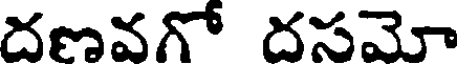
దణవగో దసమో